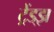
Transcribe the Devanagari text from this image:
ट्रेंड्‌झ